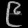
Digit: ၉